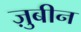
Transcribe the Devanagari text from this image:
ज़ुबीन